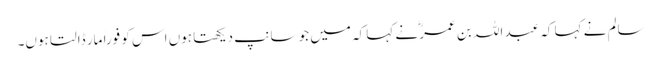
سالم نے کہا کہ عبد اللہ بن عمرؓ نے کہا کہ میں جو سانپ دیکھتا ہوں اس کو فوراً مار ڈالتا ہوں۔